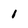
Character: 1